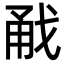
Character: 㦷